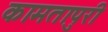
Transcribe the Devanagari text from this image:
कामतापुरी